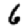
Digit: 6